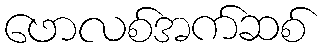
ဖောလစ်အက်ဆစ်